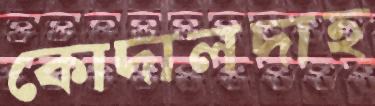
কোদালদাহ